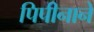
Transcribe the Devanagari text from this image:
पिपीनाने